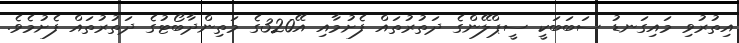
އިތުރުވި މައިގަނޑު ސަބަބަކީ ސީޕްލޭންގެ ދަތުރުތައް ފެށުމާއި އޭ320ގެ މަތިންދާބޯޓުގެ ދަތުރުތައް ފެށުމެވެ.